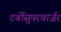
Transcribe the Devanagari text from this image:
टर्बोसुपरचार्जर